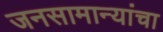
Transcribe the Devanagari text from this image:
जनसामान्यांचा